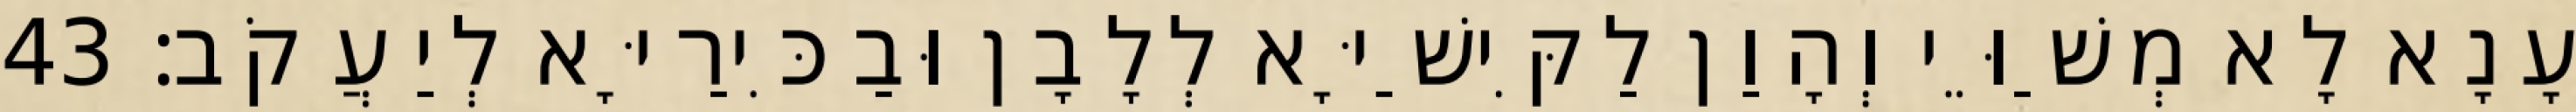
עָנָא לָא מְשַׁוֵּי וְהָוַן לַקִּישַׁיָּא לְלָבָן וּבַכִּירַיָּא לְיַעֲקֹב׃ 43